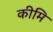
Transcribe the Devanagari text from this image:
कीमि